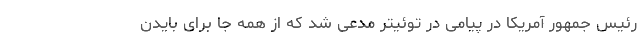
رئیس جمهور آمریکا در پیامی در توئیتر مدعی شد که از همه جا برای بایدن